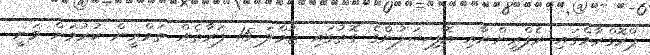
ޕްރޮގްރާމްގައި ރެފްރީންނާއި އޮފިޝަލުންގެ ގޮތުގައި ޖުމްލަ 15 ފަރާތެއް ތަމްރީން ކުރުމަށް ވަނީ